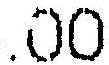
.00